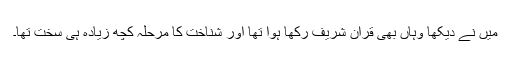
میں نے دیکھا وہاں بھی قران شریف رکھا ہوا تھا اور شناخت کا مرحلہ کچھ زیادہ ہی سخت تھا۔